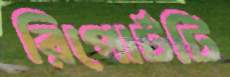
রিপোর্টটি